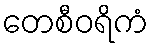
တေစီဝရိကံ